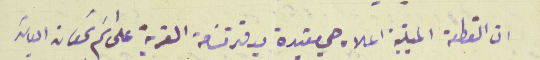
ان القطعة المبينة اعلاه هي مقيدة بدفتر مسَاحة القرية على اسَم سَمعان الياسَ